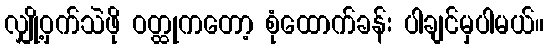
လျှို့ဝှက်သဲဖို ဝတ္ထုကတော့ စုံထောက်ခန်း ပါချင်မှပါမယ်။